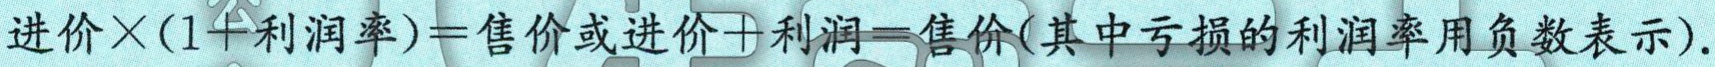
进价\times(1 + 利润率)=售价或进价+利润=售价(其中亏损的利润率用负数表示).